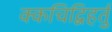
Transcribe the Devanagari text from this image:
क्कचिद्विहर्तुं